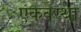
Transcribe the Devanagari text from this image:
एकवस्था